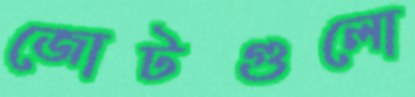
জোটগুলো